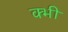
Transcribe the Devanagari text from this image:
क्भी